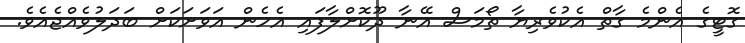
ގޮޓީގެ އެންމެ ގާތް އެކުވެރިޔާ ތޯމަސް އޭނާ ދޫކޮށްލާފައި އެހެން އަވަށަކަށް ބަދަލުވެއްޖެއެވެ.